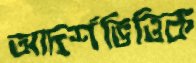
আদর্শভিত্তিক